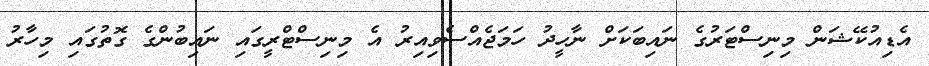
އެޑިއުކޭޝަން މިނިސްޓަރުގެ ނައިބަކަށް ނާހީދު ހަމަޖެއްސެވިއިރު އެ މިނިސްޓްރީގައި ނައިބުންގެ ގޮތުގައި މިހާރު